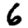
Digit: 6